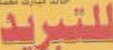
للتبريد